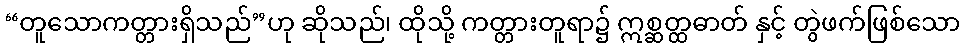
“တူသောကတ္တားရှိသည်”ဟု ဆိုသည်၊ ထိုသို့ ကတ္တားတူရာ၌ ဣစ္ဆတ္ထဓာတ် နှင့် တွဲဖက်ဖြစ်သော